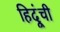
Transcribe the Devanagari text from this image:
हिदूंची